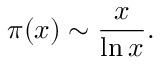
\pi ( x ) \sim { \frac { x } { \ln x } } .